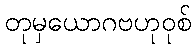
တုမှယောဂဗဟုဝုစ်